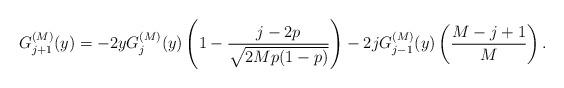
LaTeX: \begin{align*}G_{j+1}^{(M)}(y)=-2yG_{j}^{(M)}(y)\left(1-\frac{j-2p}{\sqrt{2Mp(1-p)}}\right)-2jG_{j-1}^{(M)}(y)\left(\frac{M-j+1}{M}\right).\end{align*}